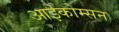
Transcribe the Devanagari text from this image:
आइकोम्सन